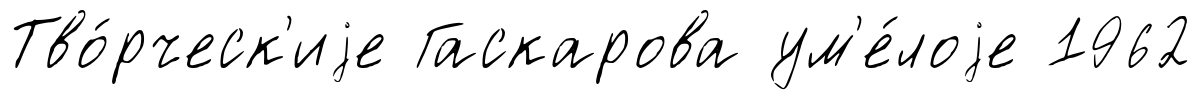
Тво́рческ'иjе Гаскарова ум'е́лоjе 1962